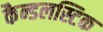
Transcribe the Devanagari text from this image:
कैन्डलस्टिक